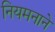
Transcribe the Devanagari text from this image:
नियमनाने